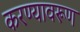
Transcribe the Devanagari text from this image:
करण्यावरूण